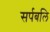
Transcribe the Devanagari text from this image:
सर्पबलि